Annual report on the health of the army in India
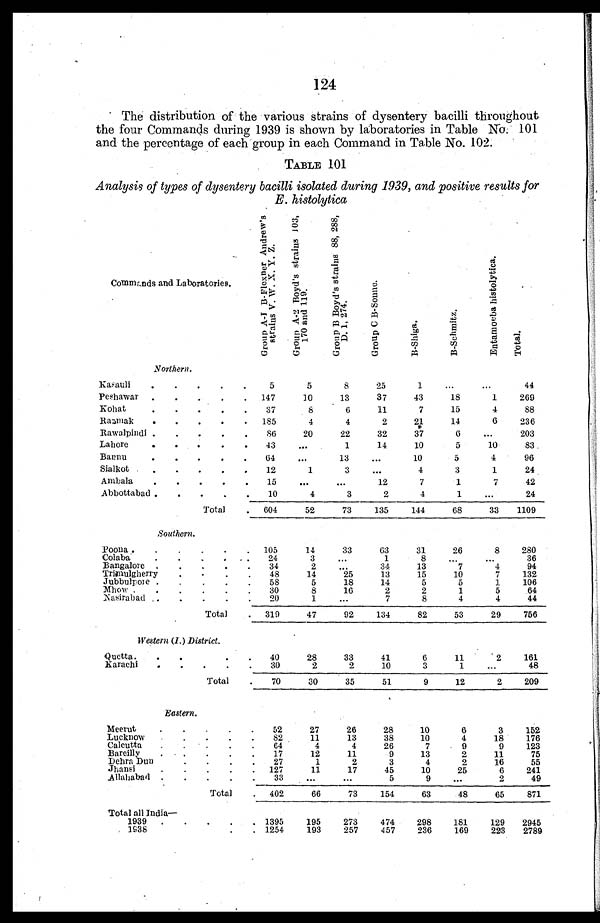
124
The distribution of the various strains of dysentery bacilli throughout
the four Commands during 1939 is shown by laboratories in Table No. 101
and the percentage of each group in each Command in Table No. 102.
TABLE 101
Analysis of types of dysentery bacilli isolated during 1939, and positive results for
E. histolytica
Commands and Laboratories.
G r o u p A - I B - F l e x n e r A n d r e w ' s s t r a i n s V . W . X . Y . Z .
G r o u p A - 2 B o y d ' s s t r a i n s 1 0 3 , 1 0 7 a n d 1 1 9 .
G r o u p B B o y d ' s s t r a i n s 8 8 , 2 8 8 , D . 1 , 2 7 4 .
G r o u p C B - S o n n e .
B - S h i g a .
B - S c h m i t z
.
E n t a m o e b a h i s t o l y t i c a .
T o t a l .
Northern.
Kasauli . . .
5
5
8
25
1
. . .
. . .
44
Peshawar . . . 147
10
13
37
43
18
1
269
Kohat . . .
37
8
6
11
7
15
4
88
Razmak . . .
185
4
4
2
21
14
6
236
Rawalpindi . . .
86
20
22
32
37
6
. . .
203
Lahore . . .
43
. . .
1
14
10
5
10
83
B a n n u . . .
6 4
. . .
13
. . .
10
5
4
96
Sialkot . . .
12
1
3
. . .
4
3
1
24
Ambala . . .
15
. . .
. . .
12
7
1
7
42
Abbottabad . . .
10
4
3
2
4
1
. . .
24
Total .
604
52
73
135
144
68
33
1109
Southern.
Poona . . .
105
14
33
63
31
26
8
280
Colaba . . .
24
3
. . .
1
8
. . .
. . .
36
Bangalore . . .
34
2
. . .
34
13
7
4
94
Trimulgherry . . . .
48
14
25
13
15
10
7
132
Jubbulpore . . .
58
5
18
14
5
5
1
106
Mhow . . .
30
8
16
2
2
1
5
64
Nasirabad . . .
20
1
. . .
7
8
4
4
44
Total .
319
47
92
134
82
53
29
756
Western (I.) District.
Quetta. . .
40
28
33
41
6
11
2
161
Karachi . . .
30
2
2
10
3
1
. . .
48
Tot al .
70
30
35
51
9
12
2
209
Eastern.
Meerut . . .
52
27
26
28
10
6
3
152
Lucknow.. . ...
82
11
13
38
10
4
18
176
Calcutta . . .
64
4
4
26
7
9
9
123
Bareilly . . ..
17
12
11
9
13
2
11
75
Debra Dun . . .
27
1
2
3
4
2
16
55
Jhansi . . .
127
11
17
45
10
25
6
241
Allahabad . . .
33
. . .
. . .
5
9
. . .
2
49
Tot al .
402
66
73
154
63
48
65
871
Total all India
—
1939 . . .
1395
195
273
474
298
181
129
2945
1938 . . .
1254
193
257
457
236
169
223
2789